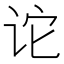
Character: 𫍡